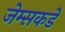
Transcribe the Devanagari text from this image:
जेम्सकडे